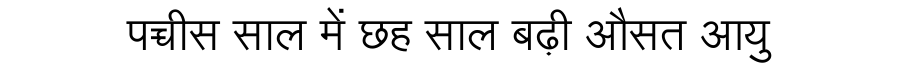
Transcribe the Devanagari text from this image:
पच्चीस साल में छह साल बढ़ी औसत आयु